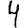
Digit: 4